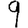
Digit: 9